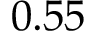
0 . 5 5